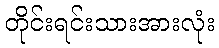
တိုင်းရင်းသားအားလုံး